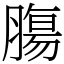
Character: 膓